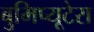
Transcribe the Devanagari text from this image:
बुमिप्यूटेरा